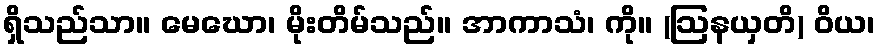
ရှိသည်သာ။ မေဃော၊ မိုးတိမ်သည်။ အာကာသံ၊ ကို။ (ဩနယှတိ) ဝိယ၊